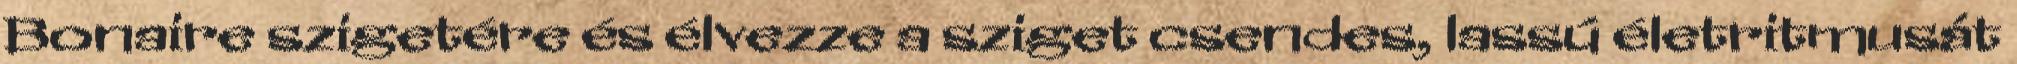
Bonaire szigetére és élvezze a sziget csendes, lassú életritmusát